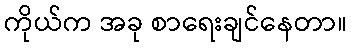
ကိုယ်က အခု စာရေးချင်နေတာ။